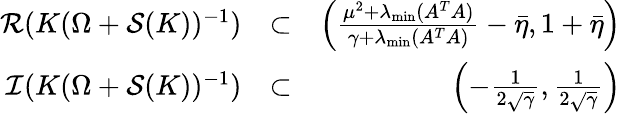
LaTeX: \begin{array}{rlr}{\mathcal{R}(K(\Omega+\mathcal{S}(K))^{-1})}&{\subset}&{\left({\frac{{{\mu^{2}}+{\lambda_{\operatorname*{min}}}({A^{T}}A)}}{{\gamma+{\lambda_{\operatorname*{min}}}({A^{T}}A)}}-\bar{\eta},1+\bar{\eta}}\right)}\\ {\mathcal{I}(K(\Omega+\mathcal{S}(K))^{-1})}&{\subset}&{\left(-\frac{1}{2\sqrt{\gamma}},\frac{1}{2\sqrt{\gamma}}\right)}\end{array}